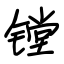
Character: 镗